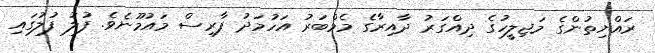
ރައްޔިތުންގެ މަޖިލީހުގެ ދިއްގަރު ދާއިރާގެ މެމްބަރު އަހުމަދު ފާރިސް މައުމޫނެވެ. ފުލު ފުލުގައި